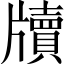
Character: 牘